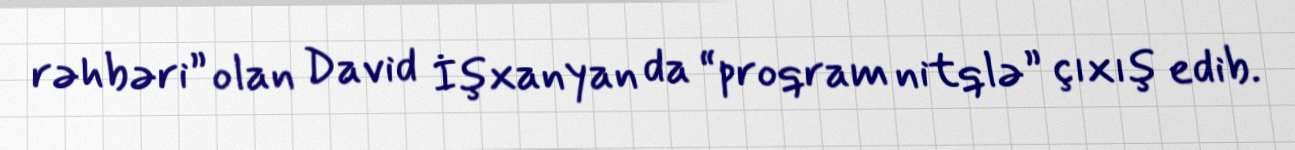
rəhbəri” olan David İşxanyan da “proqram nitqlə” çıxış edib.